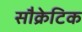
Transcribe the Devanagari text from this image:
सौक्रेटिक